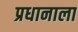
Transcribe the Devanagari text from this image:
प्रधानाला